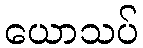
ယောသပ်